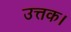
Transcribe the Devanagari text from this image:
उत्तक।